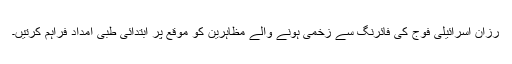
رزان اسرائیلی فوج کی فائرنگ سے زخمی ہونے والے مظاہرین کو موقع پر ابتدائی طبی امداد فراہم کرتیں۔